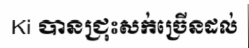
Ki បានជ្រុះសក់ច្រើនដល់